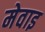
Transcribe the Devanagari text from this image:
मेवाइ